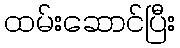
ထမ်းဆောင်ပြီး